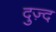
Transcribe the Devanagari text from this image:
दुज़्द